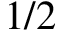
1 / 2